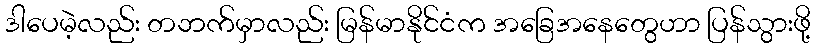
ဒါပေမဲ့လည်း တဘက်မှာလည်း မြန်မာနိုင်ငံက အခြေအနေတွေဟာ ပြန်သွားဖို့